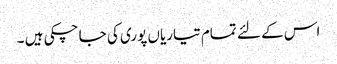
اس کے لئے تمام تیاریاں پوری کی جا چکی ہیں ۔